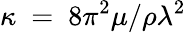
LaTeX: \kappa~=~8\pi^{2}\mu/\rho\lambda^{2}